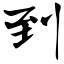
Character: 到